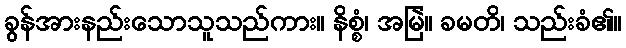
ခွန်အားနည်းသောသူသည်ကား။ နိစ္စံ၊ အမြဲ။ ခမတိ၊ သည်းခံ၏။